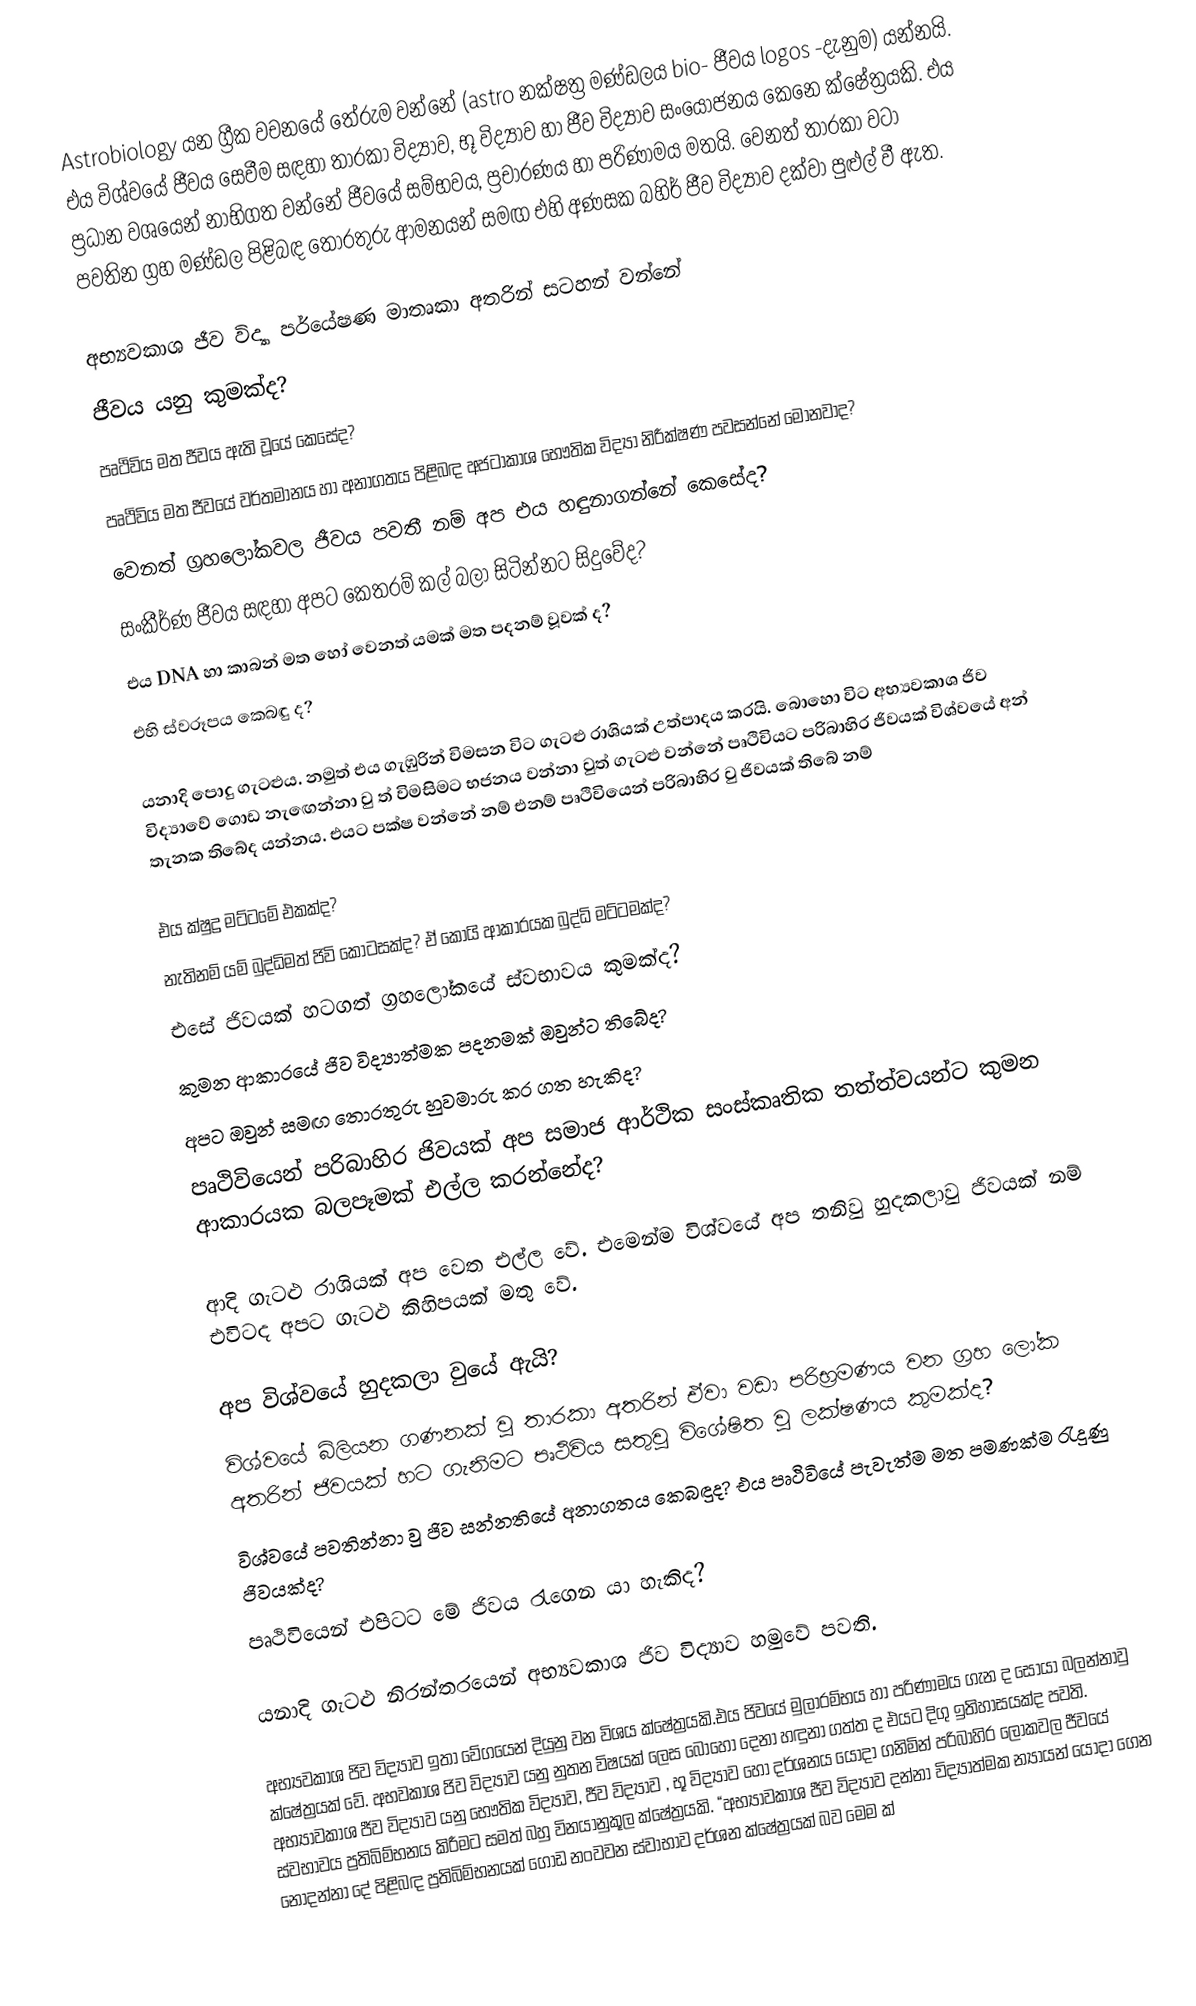
Astrobiology යන ග්‍රීක වචනයේ තේරුම වන්නේ (astro නක්ෂත්‍ර මණ්ඩලය bio- ජීවය logos -දැනුම) යන්නයි. එය විශ්වයේ ජීවය සෙවීම සඳහා තාරකා විද්‍යාව, භූ විද්‍යාව හා ජීව විද්‍යාව සංයෝජනය කෙනෙ ක්ෂේත්‍රයකි. එය ප්‍රධාන වශයෙන් නාභිගත වන්නේ ජීවයේ සම්භවය, ප්‍රචාරණය හා පරිණාමය මතයි. වෙනත් තාරකා වටා පවතින ග්‍රහ මණ්ඩල පිළිබඳ තොරතුරු ආමනයන් සමඟ එහි අණසක බහිර් ජීව විද්‍යාව දක්වා පුළුල් වී ඇත.

අභ්‍යවකාශ ජීව විද්‍යා පර්යේෂණ මාතෘකා අතරින් සටහන් වන්නේ
	ජීවය යනු කුමක්ද?
	පෘථිවිය මත ජීවය ඇති වූයේ කෙසේද?
	පෘථිවිය මත ජීවයේ වර්තමානය හා අනාගතය පිළිබඳ අජටාකාශ භෞතික විද්‍යා නිරීක්ෂණ පවසන්නේ මොනවාද?
	වෙනත් ග්‍රහලෝකවල ජීවය පවතී නම් අප එය හඳුනාගන්නේ කෙසේද?
	සංකීර්ණ ජීවය සඳහා අපට කෙ‍තරම් කල් බලා සිටින්නට සිදුවේද?
	එය DNA හා කාබන් මත හෝ වෙනත් යමක් මත පදනම් වූවක් ද?
	එහි ස්වරූපය කෙබඳු ද?

යනාදි පොදු ගැටළුය. නමුත් එය ගැඹුරින් විමසන විට ගැටළු රාශියක් උත්පාදය කරයි. බොහො විට අභ්‍යවකාශ ජිව විද්‍යාවේ ගොඩ නැ‍ඟෙන්නා වු ත් විමසිමට භජනය වන්නා වුත් ගැටළු වන්නේ පෘථිවියට පරිබාහිර ජිවයක් විශ්වයේ අන් තැනක තිබේද යන්නය. එයට පක්ෂ වන්නේ නම් එනම් පෘථිවියෙන් පරිබාහිර වු ජිවයක් තිබේ නම්

  එය ක්ෂුද්‍ර මට්ටමේ එකක්ද?
   නැතිනම් යම් බුද්ධිමත් ජිවි කොටසක්ද? ඒ කොයි ආකාරයක බුද්ධි මට්ටමක්ද?
  එසේ ජිවයක් හටගත් ග්‍රහලෝකයේ ස්වභාවය කුමක්ද?
  කුමන ආකාරයේ ජිව විද්‍යාත්මක පදනමක් ඔවුන්ට තිබේද?
 අපට ඔවුන් සමඟ තොරතුරු හුවමාරු කර ගත හැකිද?
  පෘථිවියෙන් පරිබාහිර ජිවයක් අප සමාජ ආර්ථික සංස්කෘතික තත්ත්වයන්ට කුමන ආකාරයක බලපෑමක් එල්ල කරන්නේද?

ආදි ගැටළු රාශියක් අප වෙත එල්ල වේ. එමෙන්ම විශ්වයේ අප තනිවු හුදකලාවු ජිවයක් නම් එවිටද අපට ගැටළු කිහිපයක් මතු වේ.

 අප විශ්වයේ හුදකලා වුයේ ඇයි?
 විශ්වයේ බිලියන ගණනක් වු තාරකා අතරින් ඒවා වඩා පරිභ්‍රමණය වන ග්‍රහ ලෝක අතරින් ජිවයක් හට ගැනිමට පෘථිවිය සතුවු විශේෂිත වු ලක්ෂණය කුමක්ද?
  විශ්වයේ පවතින්නා වු ජිව සන්නතියේ අනාගතය කෙබඳුද? එය පෘථිවියේ පැවැත්ම මත පමණක්ම රැදුණු ජිවයක්ද?
 පෘථිවියෙන් එපිටට මේ ජිවය රැගෙන යා හැකිද?

   යනාදි  ගැටළු නිරන්තරයෙන් අභ්‍යවකාශ ජිව විද්‍යාව හමුවේ පවති.

අභ්‍යවකාශ ජිව විද්‍යාව ඉතා වේගයෙන් දියුනු වන විශය ක්ෂේත්‍රයකි.එය ජිවයේ මුලාරම්භය හා පරිණාමය ගැන ද සොයා බලන්නාවු ක්ෂේත්‍රයක් වේ. අභවකාශ ජිව විද්‍යාව යනු නුතන විෂයක් ලෙස බොහො දෙනා හඳුනා ගත්ත ද එයට දිගු ඉතිහාසයක්ද පවති. අභ්‍යාවකාශ ජීව විද්‍යාව යනු භෞතික විද්‍යාව, ජීව විද්‍යාව , භූ විද්‍යාව  හෝ දර්ශනය යොදා ගනිමින් පරිබාහිර ලෝකවල ජීවයේ ස්වභාවය ප්‍රතිබිම්භනය කිරීමට සමත් බහු විනයානුකූල ක්ෂේත්‍රයකි. “අභ්‍යාවකාශ ජීව විද්‍යාව දන්නා විද්‍යාත්මක න්‍යායන් යොදා ගෙන නොදන්නා දේ පිළිබඳ ප්‍රතිබිම්භනයක් ‍ගොඩ නංවවන ස්වාභාව දර්ශන ක්ෂේත්‍රයක් බව මෙම ක්